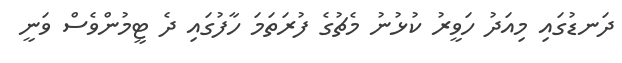
ދަނޑުގައި މިއަދު ހަވީރު ކުޅުނު މެޗުގެ ފުރަތަމަ ހާފުގައި ދެ ޓީމުންވެސް ވަނީ